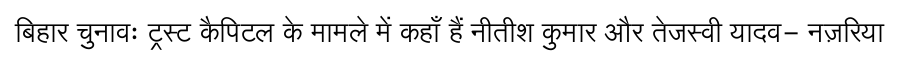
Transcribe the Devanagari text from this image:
बिहार चुनावः ट्रस्ट कैपिटल के मामले में कहाँ हैं नीतीश कुमार और तेजस्वी यादव- नज़रिया